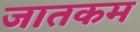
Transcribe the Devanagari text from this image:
जातकम